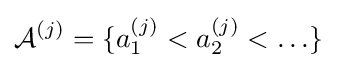
{\mathcal {A}}^{(j)}=\{a_{1}^{(j)}<a_{2}^{(j)}<\ldots \}